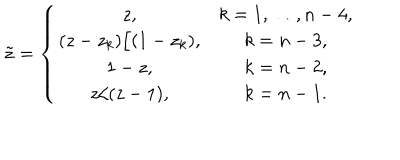
\tilde { z } = \left\{ \begin{array} { c c } { { z , } } & { { k = 1 , \ldots , n - 4 , } } \\ { { ( z - z _ { k } ) / ( 1 - z _ { k } ) , } } & { { k = n - 3 , } } \\ { { 1 - z , } } & { { k = n - 2 , } } \\ { { z / ( z - 1 ) , } } & { { k = n - 1 . } } \\ \end{array} \right.